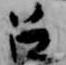
召